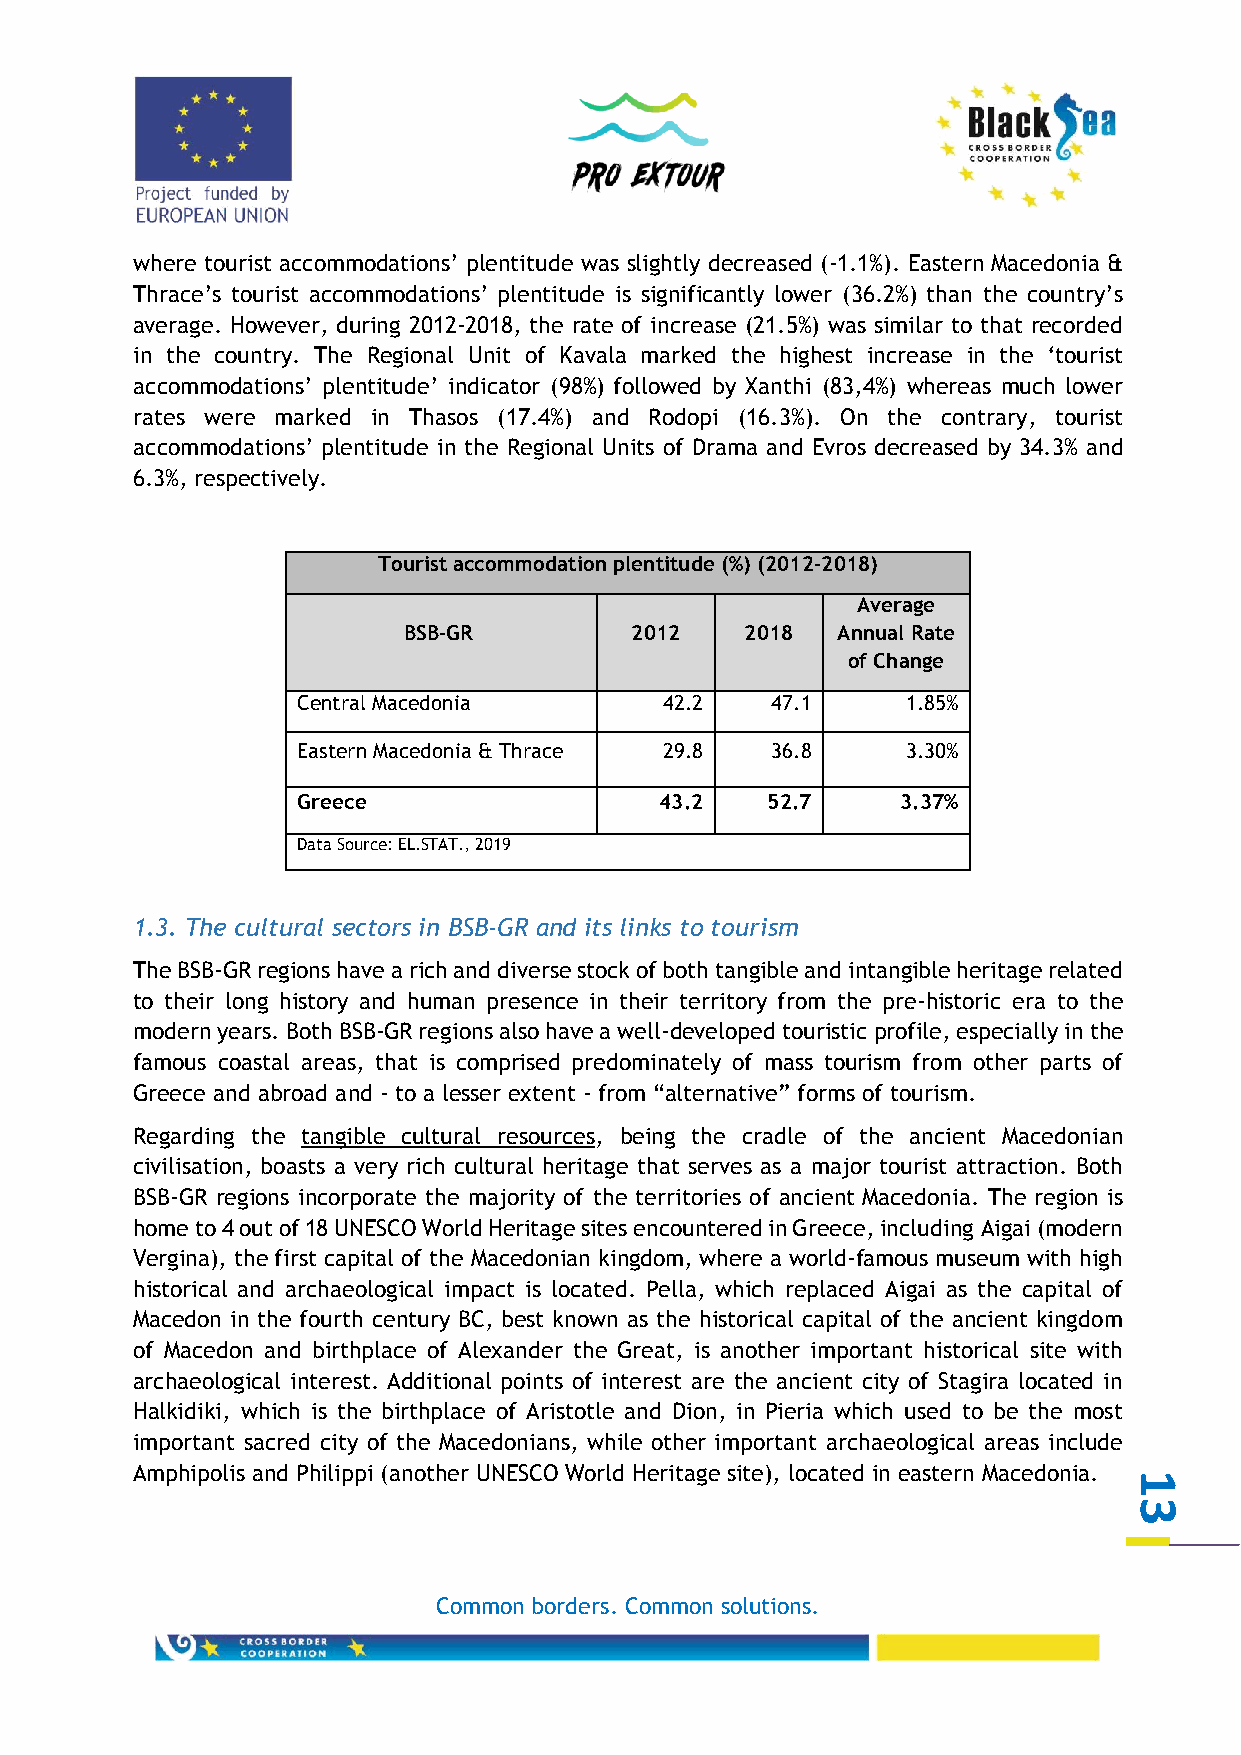
where tourist accommodations’ plentitude was slightly decreased (-1.1%). Eastern Macedonia &
 Thrace’s tourist accommodations’ plentitude is significantly lower (36.2%) than the country’s
 average. However, during 2012-2018, the rate of increase (21.5%) was similar to that recorded
 in the country. The Regional Unit of Kavala marked the highest increase in the ‘tourist
 accommodations’ plentitude’ indicator (98%) followed by Xanthi (83,4%) whereas much lower
 rates were marked in Thasos (17.4%) and Rodopi (16.3%). On the contrary, tourist
 accommodations’ plentitude in the Regional Units of Drama and Evros decreased by 34.3% and
 6.3%, respectively.
 Tourist accommodation plentitude (%) (2012-2018)
 Average
 BSB-GR         2012   2018  Annual Rate
 of Change
 Central Macedonia       42.2   47.1     1.85%
 Eastern Macedonia & Thrace 29.8 36.8    3.30%
 Greece                  43.2   52.7     3.37%
 Data Source: EL.STAT., 2019
 1.3. The cultural sectors in BSB-GR and its links to tourism
 The BSB-GR regions have a rich and diverse stock of both tangible and intangible heritage related
 to their long history and human presence in their territory from the pre-historic era to the
 modern years. Both BSB-GR regions also have a well-developed touristic profile, especially in the
 famous coastal areas, that is comprised predominately of mass tourism from other parts of
 Greece and abroad and - to a lesser extent - from “alternative” forms of tourism.
 Regarding the tangible cultural resources, being the cradle of the ancient Macedonian
 civilisation, boasts a very rich cultural heritage that serves as a major tourist attraction. Both
 BSB-GR regions incorporate the majority of the territories of ancient Macedonia. The region is
 home to 4 out of 18 UNESCO World Heritage sites encountered in Greece, including Aigai (modern
 Vergina), the first capital of the Macedonian kingdom, where a world-famous museum with high
 historical and archaeological impact is located. Pella, which replaced Aigai as the capital of
 Macedon in the fourth century BC, best known as the historical capital of the ancient kingdom
 of Macedon and birthplace of Alexander the Great, is another important historical site with
 archaeological interest. Additional points of interest are the ancient city of Stagira located in
 Halkidiki, which is the birthplace of Aristotle and Dion, in Pieria which used to be the most
 important sacred city of the Macedonians, while other important archaeological areas include
 Amphipolis and Philippi (another UNESCO World Heritage site), located in eastern Macedonia.
 1
 3
 Common borders. Common solutions.